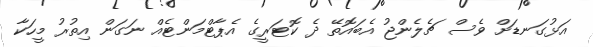
އަޅުގަނޑަށް ވެސް ޗެލެންޖު އެބައޮތޭ ދެ ކޮޓަރީގެ އެޕާޓްމަންޓެއް ނަގަން އިތުރު މީހަކާ